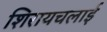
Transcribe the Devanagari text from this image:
शिरायचलाई